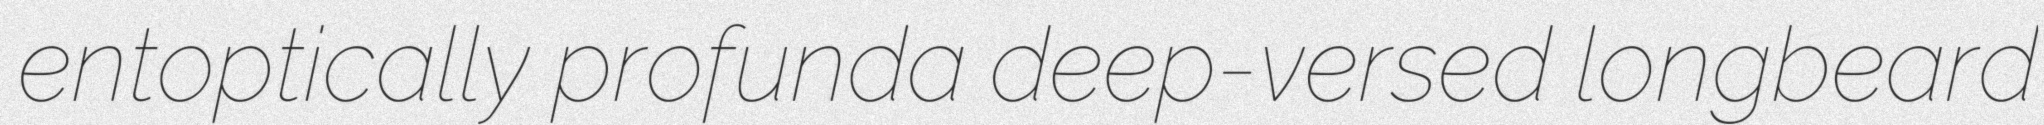
entoptically profunda deep-versed longbeard